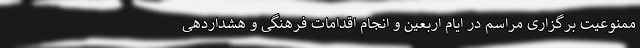
ممنوعیت برگزاری مراسم در ایام اربعین و انجام اقدامات فرهنگی و هشداردهی